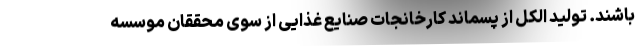
باشند. تولید الکل از پسماند کارخانجات صنایع غذایی از سوی محققان موسسه